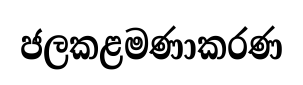
ජලකළමණාකරණ